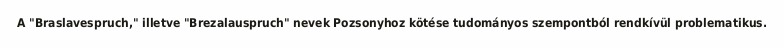
A "Braslavespruch," illetve "Brezalauspruch" nevek Pozsonyhoz kötése tudományos szempontból rendkívül problematikus.